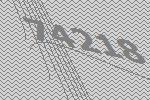
74218